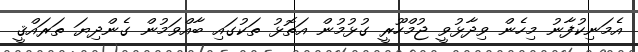
އެމަނިކުފާނު މިހެން ވިދާޅުވީ ޖުމްހޫރީ ގުޅުމުން އަތޮޅު ތަކުގައި ބާއްވަމުން ގެންދިޔަ ތަރައްޤީ